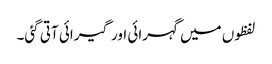
لفظوں میں گہرائی اور گیرائی آتی گئی۔